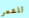
للشعر